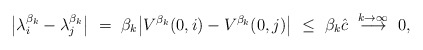
\begin{align*}\big|\lambda_i^{\beta_k} - \lambda_j^{\beta_k}\big| \ = \ \beta_k\big|V^{\beta_k}(0,i) - V^{\beta_k}(0,j)\big| \ \leq \ \beta_k\hat c \ \overset{k\rightarrow\infty}{\longrightarrow} \ 0,\end{align*}